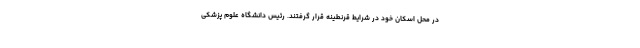
در محل اسکان خود در شرایط قرنطینه قرار گرفتند. رئیس دانشگاه علوم پزشکی